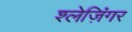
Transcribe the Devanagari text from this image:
श्लेज़िंगर